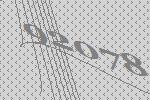
92078